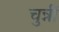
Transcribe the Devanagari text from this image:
चुन्नीं